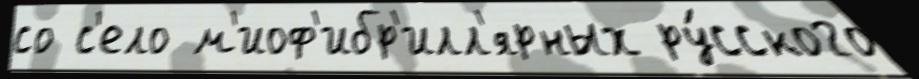
со с'ело м'иоф'ибр'илл'ярных ру́сского